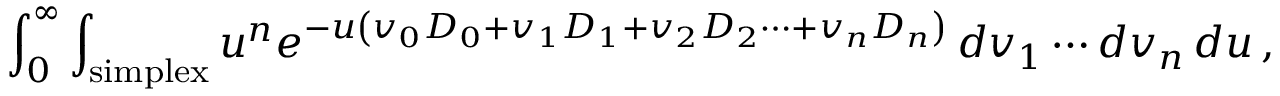
\int _ { 0 } ^ { \infty } \int _ { \mathrm { s i m p l e x } } u ^ { n } e ^ { - u \left( v _ { 0 } D _ { 0 } + v _ { 1 } D _ { 1 } + v _ { 2 } D _ { 2 } \cdots + v _ { n } D _ { n } \right) } \, d v _ { 1 } \cdots d v _ { n } \, d u \, ,